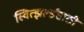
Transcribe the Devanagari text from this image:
स्वित्झर्ल्डंसाठी